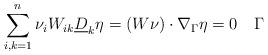
LaTeX: \begin{align*} \sum_{i,k=1}^n\nu_iW_{ik}\underline{D}_k\eta = (W\nu)\cdot\nabla_\Gamma\eta = 0 \quad\Gamma \end{align*}